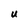
Character: U